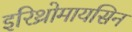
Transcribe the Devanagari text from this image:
इरिथ्रोमायसिन